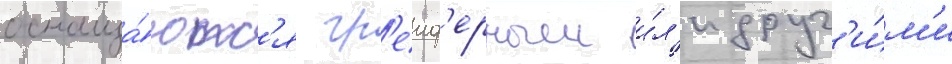
оснаща́ютс'я гр'еиф'ерным и́л'и друг'и́м'и